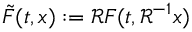
\tilde { F } ( t , x ) : = \mathcal { R } F ( t , \mathcal { R } ^ { - 1 } x )